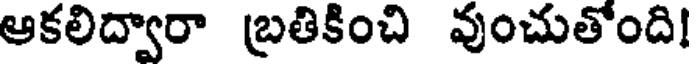
ఆకలిద్వారా బ్రతికించి వుంచుతోంది!